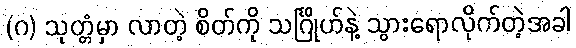
(ဂ) သုတ္တံမှာ လာတဲ့ စိတ်ကို သင်္ဂြိုဟ်နဲ့ သွားရောလိုက်တဲ့အခါ